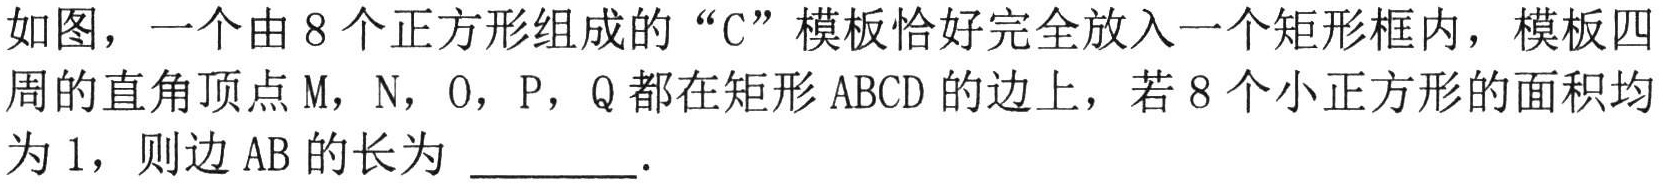
如图，一个由 8 个正方形组成的“C”模板恰好完全放入一个矩形框内，模板四周的直角顶点 M，N，O，P，Q 都在矩形 ABCD 的边上，若 8 个小正方形的面积均为 1，则边 AB 的长为 \_\_\_\_\_ .